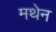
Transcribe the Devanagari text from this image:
मथेन